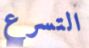
التسرع